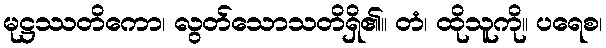
မုဋ္ဌဿတိကော၊ လွတ်သောသတိရှိ၏။ တံ၊ ထိုသူကို။ ပရေစ၊